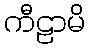
ကီဠာမိ